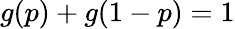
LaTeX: g(p)+g(1-p)=1